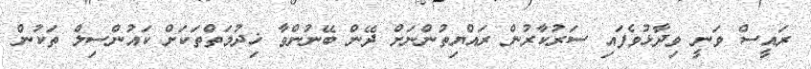
ރައީސް ވަނީ ވިދާޅުވެފައި ސަރުކާރުން ރައްޔިތުންނަށް ދޭން ބޭނުންވާ ޚިދުމަތްތަކަށް ކައުންސިލް ތަކުން